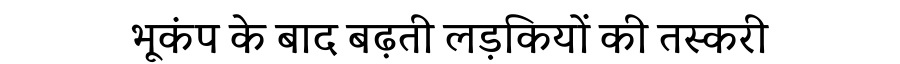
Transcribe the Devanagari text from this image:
भूकंप के बाद बढ़ती लड़कियों की तस्करी